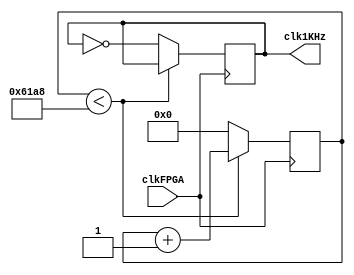
`timescale 1ns / 1ps
//////////////////////////////////////////////////////////////////////////////////
// Company: 
// Engineer: 
// 
// Design Name: 
// Module Name:    div_freq_1KHz 
// Project Name: 
// Target Devices: 
// Tool versions: 
// Description: 
//
// Dependencies: 
//
// Revision: 
// Revision 0.01 - File Created
// Additional Comments: 
//
//////////////////////////////////////////////////////////////////////////////////
module div_freq_1KHz(
    input clkFPGA,
    output reg clk1KHz
    );
	 
reg [14:0] cont1000;
initial clk1KHz=0;	
always @(posedge clkFPGA)	
	begin
		   
		if(cont1000 < 'd25000)
			cont1000=cont1000+1;
		else
			begin
				clk1KHz=~clk1KHz;
				cont1000=0;
			end
	end
		

endmodule